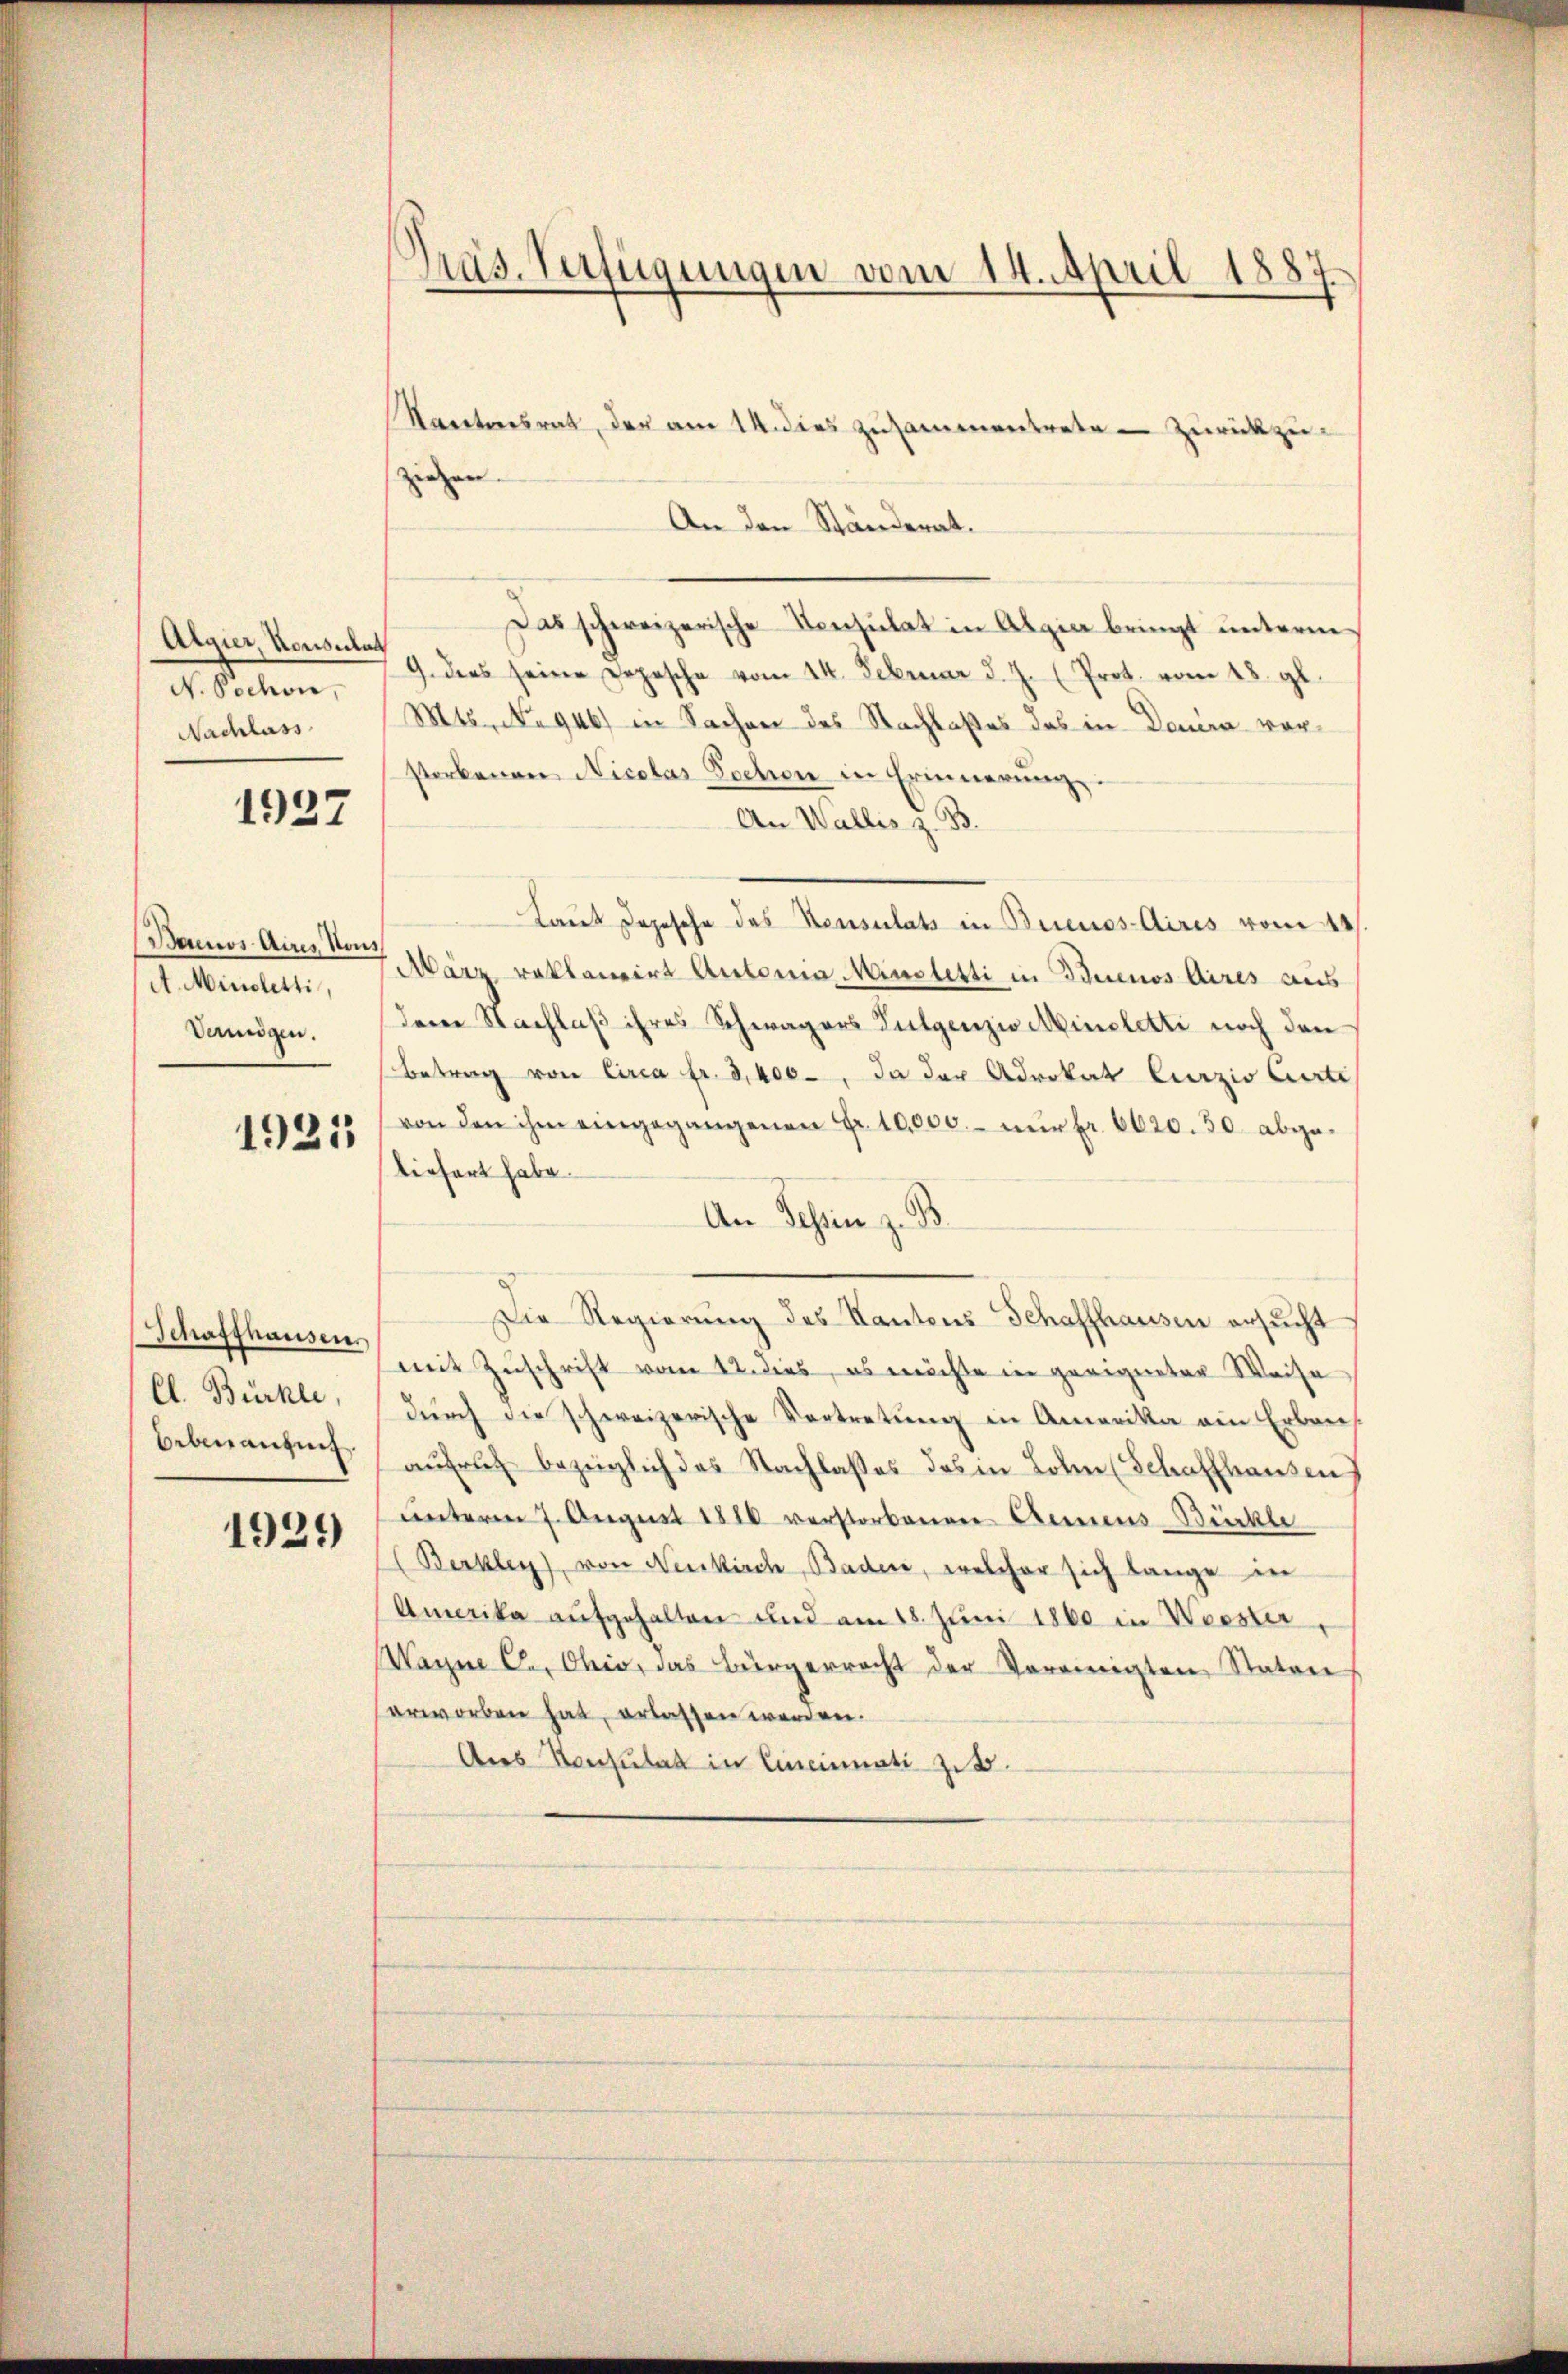
Algier Konsulat
N. Pochon,
Nachlass

1937

Baums Aires Nous
A. Ministetti,
Vermögen.

1921

Schaffhausen
Cl. Bürkle,
beben anzung.

1929

Präs. Verfügungen vom 14. April 1887

Kantonsrat, der am 14. dies zusammentrete - Zurückzuziehen.
An den Ständerat.
Das schweizerische Konsulat in Algia bringt unterm
9. dies seine Dopesche vom 14. Februar d. J. (Prot. vom 28. gl.
Mts. No 946) in Sachen des Nachlaßes das in Douira vorstorbenen Nicolas Sachen in Erinnerung.
An Wallis z. B.
Laut Depesche des Konsulats in Buenos-Aires vom 11
März reklamirt Automa Minoletti in Buenos Aires aus
deren Nachlaß ihres Schwagers Fulgenzio Minstetti noch den
Betrag von Circa fr. 3,400, da der Advokat Curzio Carte
von den ihm eingegangenen Fr. 10,000.- nŭr fr. 6020.50 abge-
liefert habe.
An Schein z. B.
Die Regierŭng des Kantons Schaffhausen ersŭcht
mit Zuschrift vom 12. dies, es möchte in geeigneter Weise
dŭrch die schweizerische Vortretŭng in Amerika ein Erben
aufrich bezüglich das Nachlasses das in Loben (Schaffhausen
ŭnterm 7. Aŭgŭst 1880 verstorbenen Annens-Bückle
(Berkley), von Neukirch, Badere, welcher sich lange in
Amerika aufgehalten und am 18. Juni 1860 in Weeser,
Warne C., Ohio, das Bürgerrecht der Vereinigten Staten
erworben hat, erlassen werden.
Aus Konsulat in Cincinati zit.